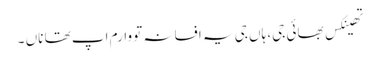
تھینکس بھائی جی، ہاں جی یہ افسانہ تو وارم اپ تھا ناں ۔